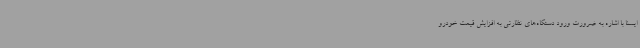
ایسنا با اشاره به ضرورت ورود دستگاه‌های نظارتی به افزایش قیمت خودرو